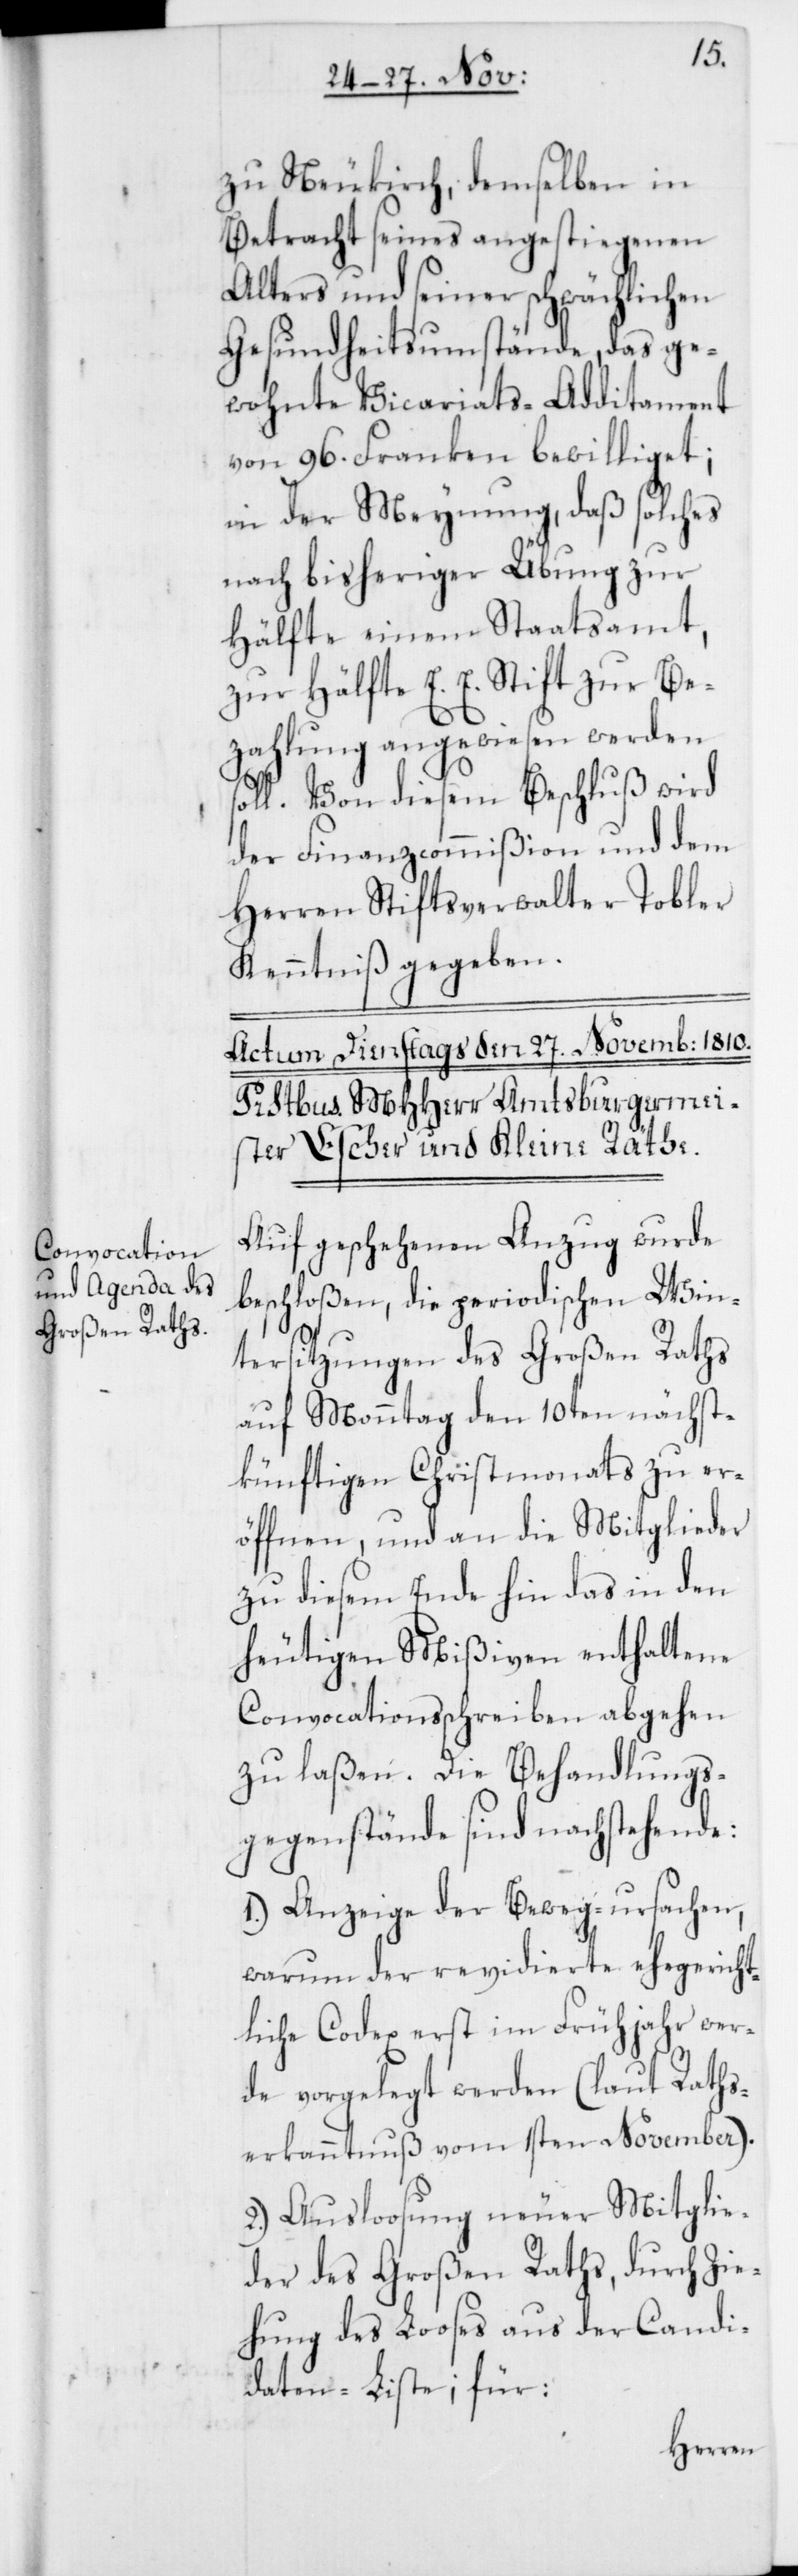
zu Neukirch, demselben in
Betracht seines angestiegenen
Alters und seiner schwächlichen
Gesundheitsumstände, das ge¬
wohnte Vicariats-Additament
von 96. Franken bewilliget;
in der Meynung, daß solches
nach bisheriger Übung zur
Hälfte einem Staatsamt,
zur Hälfte E. E. Stift zur Be¬
zahlung angewiesen werden
Von diesem Beschluß wird
der Finanzcommißion und dem
Herren Stiftsverwalter Tobler
Kenntniß gegeben.
Auf geschehenen Anzug wurde
beschloßen, die periodischen Win¬
tersitzungen des Großen Raths
auf Monntag den 10ten nächst¬
künftigen Christmonats zu er¬
öffnen, und an die Mitglieder
zu diesem Ende hin das in den
heutigen Mißiven enthaltene
Convocationsschreiben abgehen
zu laßen. Die Behandlungs-G¬
egenstände sind nachstehende:
1.) Anzeige der Beweg-ursachen,
warum der revidierte ehegericht¬
liche Codex erst im Frühjahr wer¬
de vorgelegt werden (laut Raths¬
erkanntnuß vom 1sten November).
2.) Ausloosung neuer Mitglie¬
der des Großen Raths, durch Zie¬
hung des Looses aus der Candi¬
daten-Liste; für: